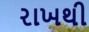
રાખથી